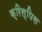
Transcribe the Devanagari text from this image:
क्रिस्पिस